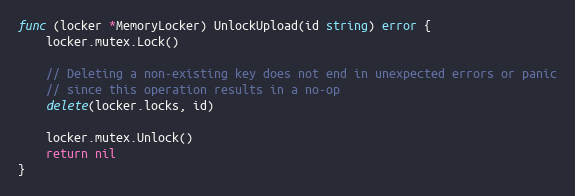
Language: Go
func (locker *MemoryLocker) UnlockUpload(id string) error {
	locker.mutex.Lock()

	// Deleting a non-existing key does not end in unexpected errors or panic
	// since this operation results in a no-op
	delete(locker.locks, id)

	locker.mutex.Unlock()
	return nil
}